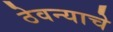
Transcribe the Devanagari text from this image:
ठेवन्याचे